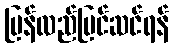
ပြန်လည်ပြင်ဆင်ရန်